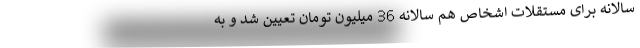
سالانه برای مستقلات اشخاص هم سالانه 36 میلیون تومان تعیین شد و به